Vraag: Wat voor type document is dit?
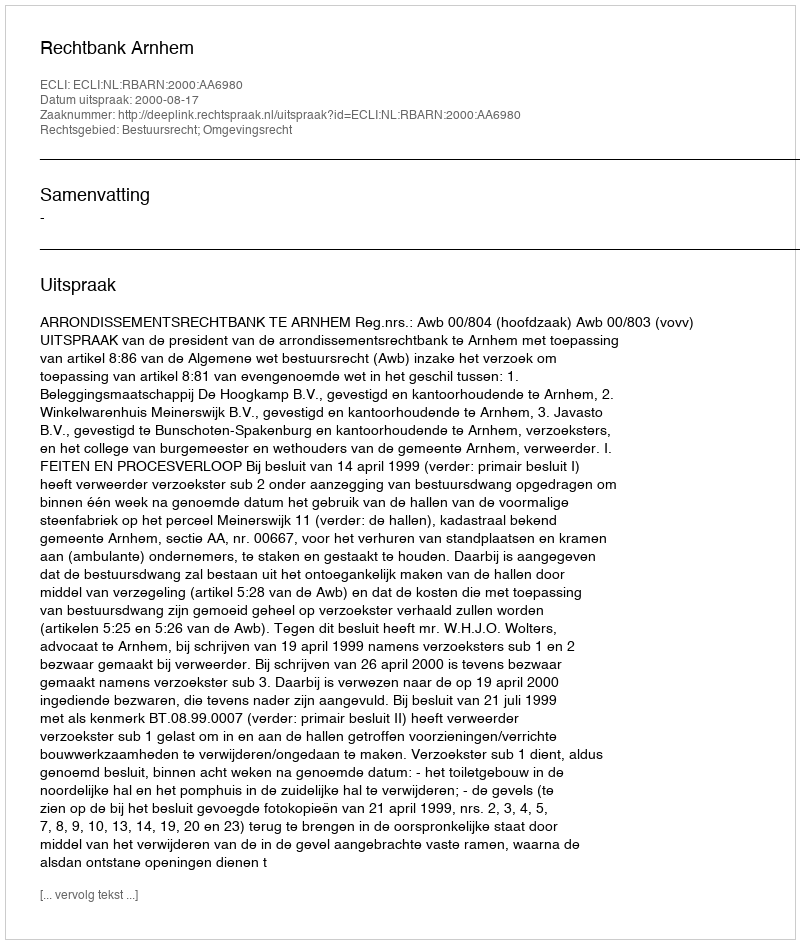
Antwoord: Uitspraak